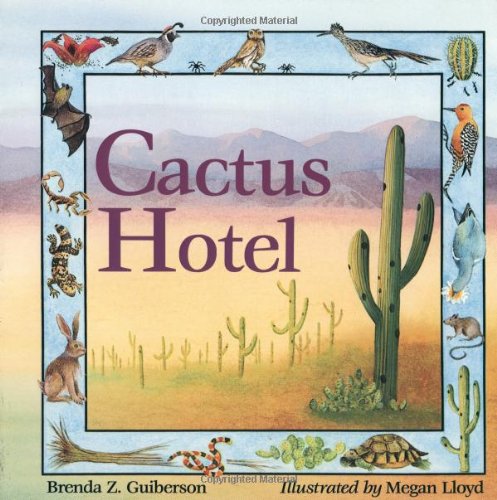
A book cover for Cactus Hotel (An Owlet Book); Brenda Z. Guiberson; Children's Books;